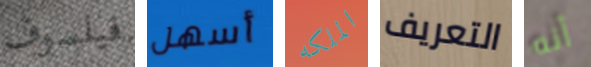
فيلسوف أسهل الملكه التعريف أنه